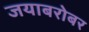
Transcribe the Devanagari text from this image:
जयाबरोबर